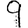
Digit: 9